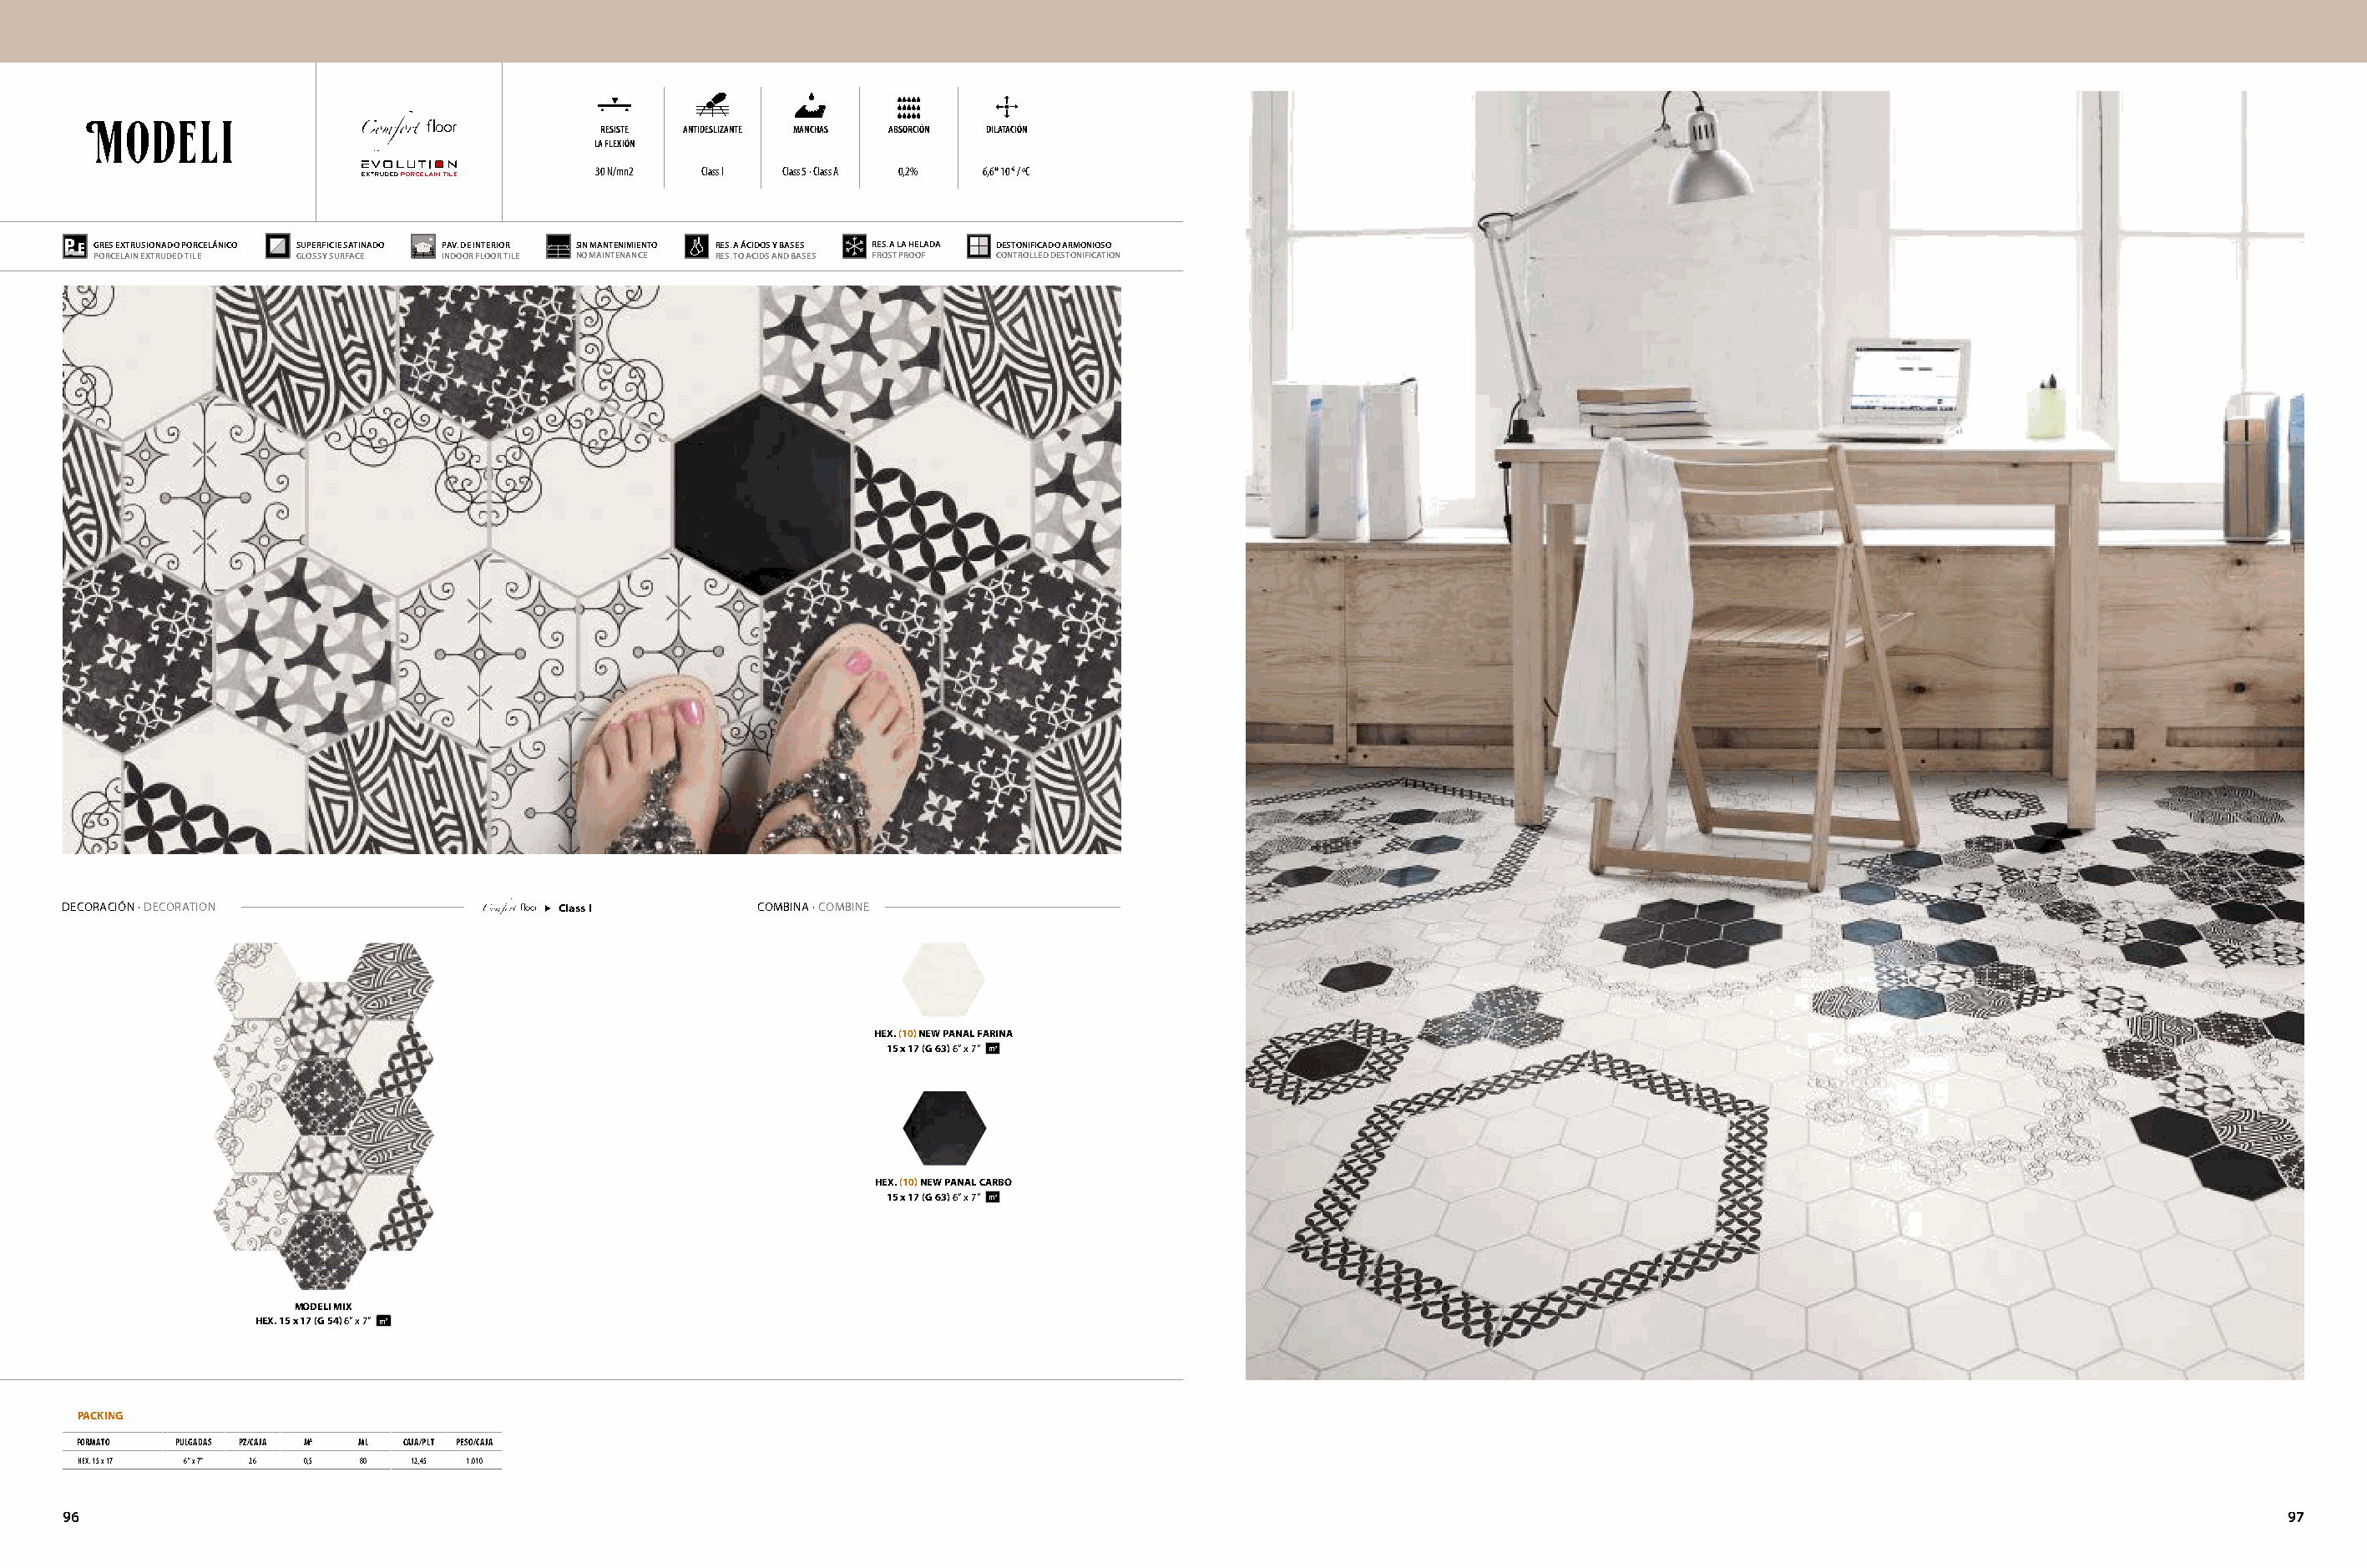
RESISTE ANTIDESLIZANTE MANCHAS ABSORCIÓN DILATACIÓN
 LA FLEXIÓN
 30 N/mn2 Class I Class 5 · Class A 0,2% 6,6* 10-6 / ºC
 GRES EXTRUSIONADO PORCELÁNICO SUPERFICIE SATINADO PAV. DE INTERIOR SIN MANTENIMIENTO RES. A ÁCIDOS Y BASES RES. A LA HELADA DESTONIFICADO ARMONIOSO
 PORCELAIN EXTRUDED TILE GLOSSY SURFACE INDOOR FLOOR TILE NO MAINTENANCE RES. TO ACIDS AND BASES FROST PROOF CONTROLLED DESTONIFICATION
 DeCorACiÓn · DeCorAtion                Class I         CoMBinA · CoMBine
 HEX. (10) NEW PANAL FARINA
 15 x 17 (G 63) 6” x 7” m2
 HEX. (10) NEW PANAL CARBO
 15 x 17 (G 63) 6” x 7” m2
 MODELI MIX
 HEX. 15 x 17 (G 54) 6” x 7” m2
 PACKING
 FORMATO PULGADAS PZ/CAJA M2 ML CAJA/PLT PESO/CAJA
 HEX. 15 x 17 6” x 7” 26 0,5 80 12,45 1.010
 96                                                                                                                                                                              97